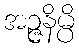
အဉ္ဇနိမ္ပိ